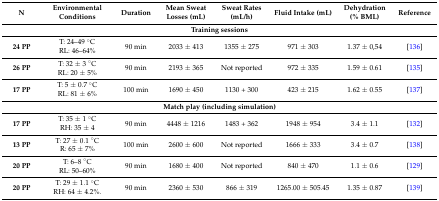
<table><thead><tr><td><b>N</b></td><td><b>Environmental Conditions</b></td><td><b>Duration</b></td><td><b>Mean Sweat Losses (mL)</b></td><td><b>Sweat Rates (mL/h)</b></td><td><b>Fluid Intake (mL)</b></td><td><b>Dehydration (% BML)</b></td><td><b>Reference</b></td></tr></thead><tbody><tr><td colspan="8"><b>Training sessions</b></td></tr><tr><td><b>24 PP</b></td><td>T: 24–49 °C RL: 46–64%</td><td>90 min</td><td>2033 ± 413</td><td>1355 ± 275</td><td>971 ± 303</td><td>1.37 ± 0,54</td><td>[136]</td></tr><tr><td><b>26 PP</b></td><td>T: 32 ± 3 °C RL: 20 ± 5%</td><td>90 min</td><td>2193 ± 365</td><td>Not reported</td><td>972 ± 335</td><td>1.59 ± 0.61</td><td>[135]</td></tr><tr><td><b>17 PP</b></td><td>T: 5 ± 0.7 °C RL: 81 ± 6%</td><td>100 min</td><td>1690 ± 450</td><td>1130 + 300</td><td>423 ± 215</td><td>1.62 ± 0.55</td><td>[137]</td></tr><tr><td colspan="8"><b>Match play (including simulation)</b></td></tr><tr><td><b>17 PP</b></td><td>T: 35 ± 1 °C RH: 35 ± 4</td><td>90 min</td><td>4448 ± 1216</td><td>1483 + 362</td><td>1948 ± 954</td><td>3.4 ± 1.1</td><td>[132]</td></tr><tr><td><b>13 PP</b></td><td>T: 27 ± 0.1 °C R: 65 ± 7%</td><td>100 min</td><td>2600 ± 600</td><td>Not reported</td><td>1666 ± 333</td><td>3.4 ± 0.7</td><td>[138]</td></tr><tr><td><b>20 PP</b></td><td>T: 6–8 °C RL: 50–60%</td><td>90 min</td><td>1680 ± 400</td><td>Not reported</td><td>840 ± 470</td><td>1.1 ± 0.6</td><td>[129]</td></tr><tr><td><b>20 PP</b></td><td>T: 29 ± 1.1 °C RH: 64 ± 4.2%.</td><td>90 min</td><td>2360 ± 530</td><td>866 ± 319</td><td>1265.00 ± 505.45</td><td>1.35 ± 0.87</td><td>[139]</td></tr></tbody></table>